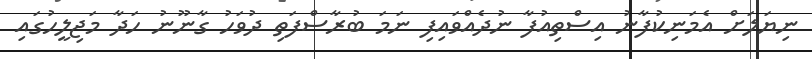
ނިޔަލަށް އެމަނިކުފާނު އިސްތިއުފާ ނުދެއްވައިފި ނަމަ ބުރާސްފަތި ދުވަހު ގާނޫނު ހަދާ މަޖިލީހުގައި